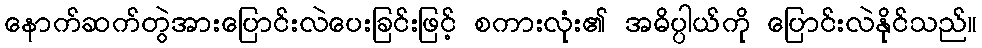
နောက်ဆက်တွဲအားပြောင်းလဲပေးခြင်းဖြင့် စကားလုံး၏ အဓိပ္ပါယ်ကို ပြောင်းလဲနိုင်သည်။